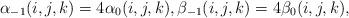
LaTeX: \begin{align*}\alpha_{-1}(i,j,k) = 4\alpha_0(i,j,k),\beta_{-1}(i,j,k) = 4\beta_0(i,j,k),\end{align*}